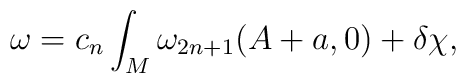
\omega =c_n\int _M\omega _{2n+1}(A+a ,0)+\delta\chi ,